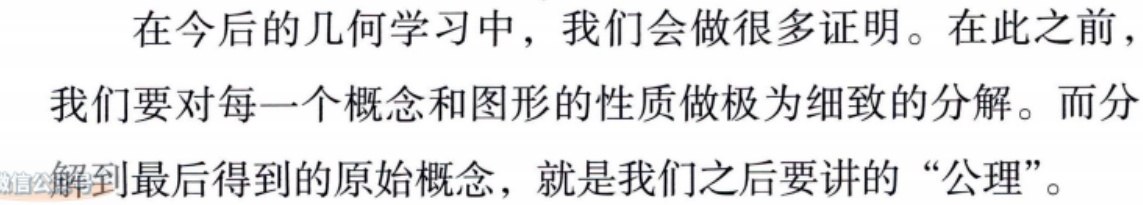
在今后的几何学习中，我们会做很多证明。在此之前，我们要对每一个概念和图形的性质做极为细致的分解。而分解到最后得到的原始概念，就是我们之后要讲的“公理”。